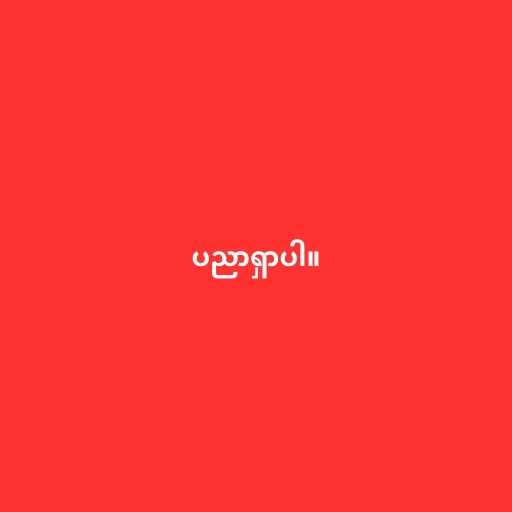
ပညာရှာပါ။